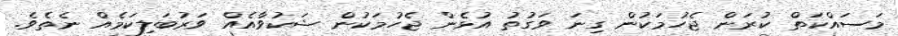
މަސައްކަތް ކުރަން ޖެހުމަކުން ގިނަ ވަގުތު އުޅެން ޖެހުމަކުން ޝަކުވާއެއް ވަރުބަލިކަމެއް ނެތެވެ.